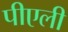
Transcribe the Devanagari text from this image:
पीएली